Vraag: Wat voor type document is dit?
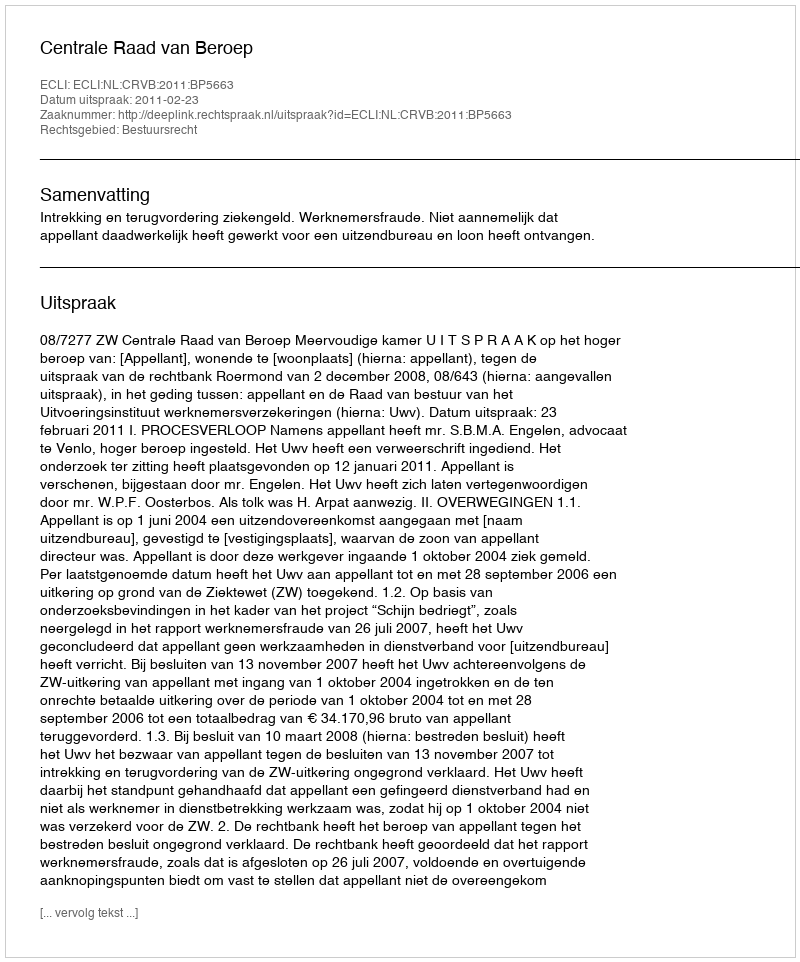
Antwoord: Uitspraak